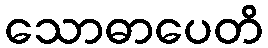
သောဓာပေတိ